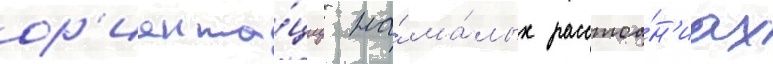
ор'иента́циу на́ ма́лых расстоа́н'иах